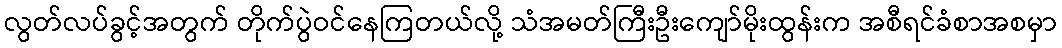
လွတ်လပ်ခွင့်အတွက် တိုက်ပွဲဝင်နေကြတယ်လို့ သံအမတ်ကြီးဦးကျော်မိုးထွန်းက အစီရင်ခံစာအစမှာ